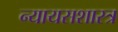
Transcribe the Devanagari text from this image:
न्यायसशास्त्र